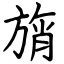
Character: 旓